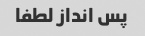
پس انداز لطفا